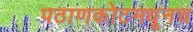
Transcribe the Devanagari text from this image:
पठाणकोटमधूनच